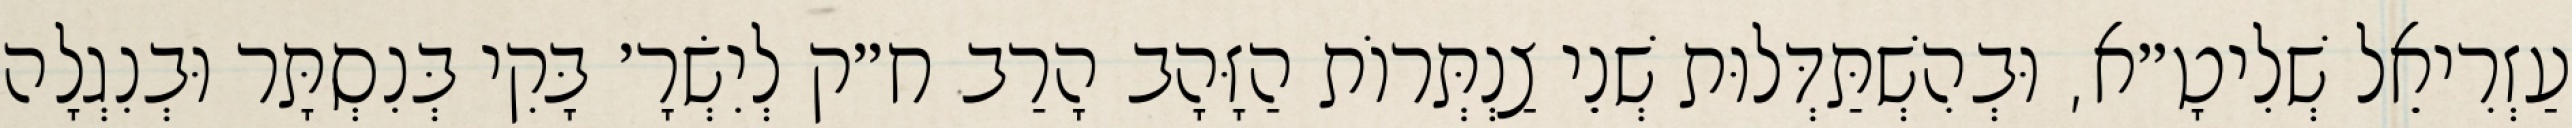
עַזְרִיאֵל שְׁלִיטָ״א, וּבְהִשְׁתַּדְּלוּת שְׁנֵי צַנְתְּרוֹת הַזָּהָב הָרַב ח״ק לְיִשְׂרָ׳ בָּקִי בְּנִסְתָּר וּבְנִגְלָה